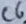
Text: C6